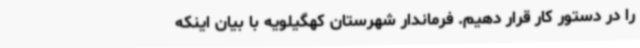
را در دستور کار قرار دهیم. فرماندار شهرستان کهگیلویه با بیان اینکه